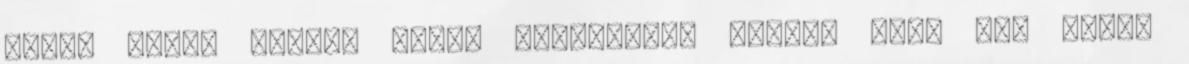
adtak volna nekünk bérbe viszonylag olcsón mert sem bútor